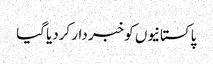
پاکستانیوں کو خبر دار کردیا گیا